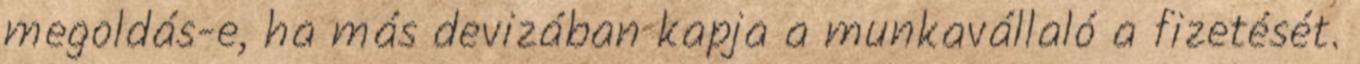
megoldás-e, ha más devizában kapja a munkavállaló a fizetését.